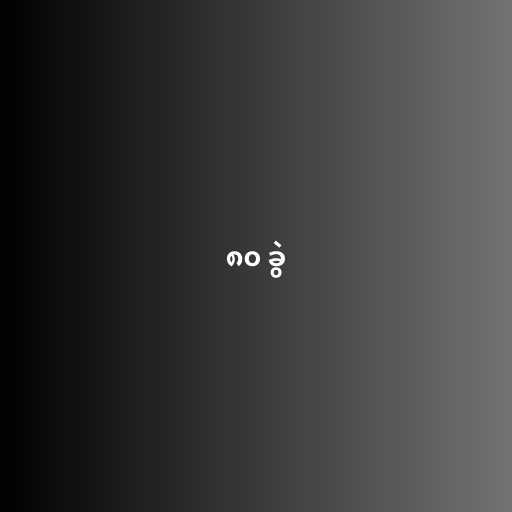
၈၀ ခွဲ